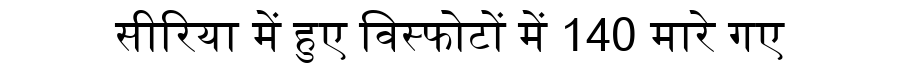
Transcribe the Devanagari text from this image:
सीरिया में हुए विस्फोटों में 140 मारे गए